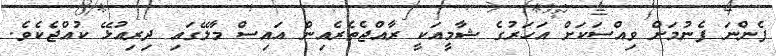
ފެންނަ ފެނުމަށް ވިއްސަކަށް އަހަރުގެ ޝާމީއަކީ ރާއްޖެތެރެއިން އައިސް މާލޭގައި ދިރިއުޅޭ ކުއްޖެކެވެ.